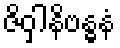
ဇိဝှါနိဗန္ဓနံ